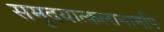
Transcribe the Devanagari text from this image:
समुदयात्कलानामपि